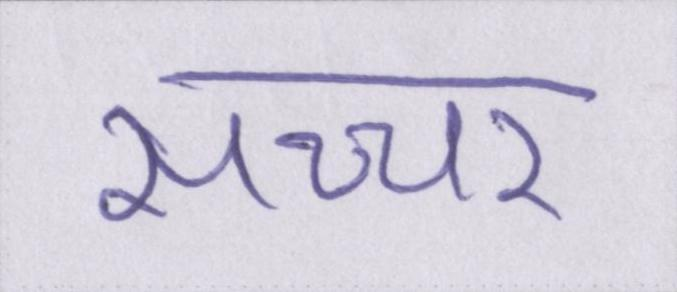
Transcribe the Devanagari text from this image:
सच्चर